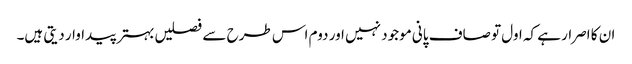
ان کا اصرار ہے کہ اول تو صاف پانی موجود نہیں اور دوم اس طرح سے فصلیں بہتر پیداوار دیتی ہیں۔